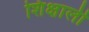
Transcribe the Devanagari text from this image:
शिक्षाली